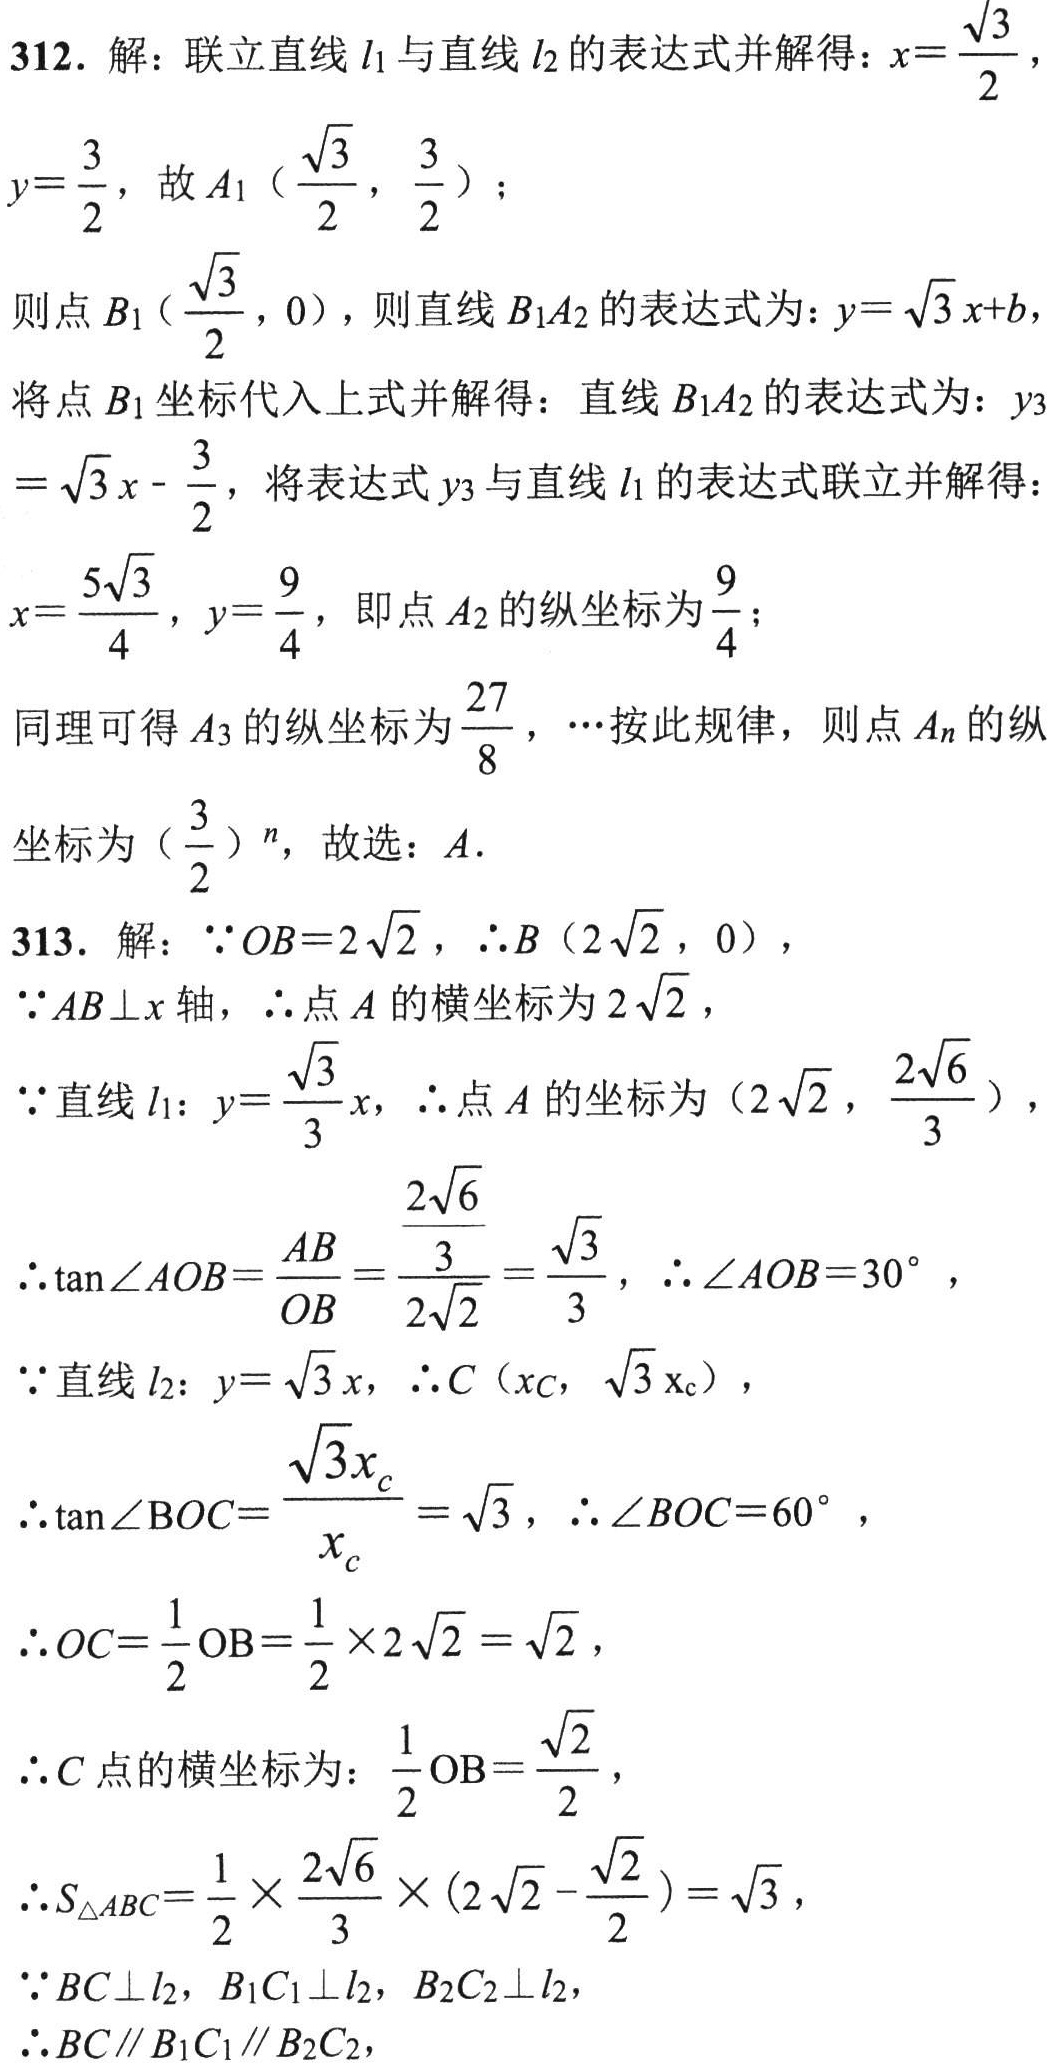
312. 解：联立直线\(l_1\)与直线\(l_2\)的表达式并解得：\(x = \frac{\sqrt{3}}{2}\)，

\(y=\frac{3}{2}\)，故\(A_1(\frac{\sqrt{3}}{2},\frac{3}{2})\)；

则点\(B_1(\frac{\sqrt{3}}{2},0)\)，则直线\(B_1A_2\)的表达式为：\(y = \sqrt{3}x + b\)，

将点\(B_1\)坐标代入上式并解得：直线\(B_1A_2\)的表达式为：\(y_3=\sqrt{3}x-\frac{3}{2}\)，将表达式\(y_3\)与直线\(l_1\)的表达式联立并解得：

\(x = \frac{5\sqrt{3}}{4}\)，\(y=\frac{9}{4}\)，即点\(A_2\)的纵坐标为\(\frac{9}{4}\)；

同理可得\(A_3\)的纵坐标为\(\frac{27}{8}\)，\(\cdots\)按此规律，则点\(A_n\)的纵

坐标为\((\frac{3}{2})^n\)，故选：\(A\).

313. 解：\(\because OB = 2\sqrt{2}\)，\(\therefore B(2\sqrt{2},0)\)，

\(\because AB\perp x\)轴，\(\therefore\)点\(A\)的横坐标为\(2\sqrt{2}\)，

\(\because\)直线\(l_1:y = \frac{\sqrt{3}}{3}x\)，\(\therefore\)点\(A\)的坐标为\((2\sqrt{2},\frac{2\sqrt{6}}{3})\)，

\(\therefore\tan\angle AOB=\frac{AB}{OB}=\frac{\frac{2\sqrt{6}}{3}}{2\sqrt{2}}=\frac{\sqrt{3}}{3}\)，\(\therefore\angle AOB = 30^{\circ}\)，

\(\because\)直线\(l_2:y = \sqrt{3}x\)，\(\therefore C(x_C,\sqrt{3}x_C)\)，

\(\therefore\tan\angle BOC=\frac{\sqrt{3}x_c}{x_c}=\sqrt{3}\)，\(\therefore\angle BOC = 60^{\circ}\)，

\(\therefore OC=\frac{1}{2}OB=\frac{1}{2}\times2\sqrt{2}=\sqrt{2}\)，

\(\therefore C\)点的横坐标为：\(\frac{1}{2}OB=\frac{\sqrt{2}}{2}\)，

\(\therefore S_{\triangle ABC}=\frac{1}{2}\times\frac{2\sqrt{6}}{3}\times(2\sqrt{2}-\frac{\sqrt{2}}{2})=\sqrt{3}\)，

\(\because BC\perp l_2\)，\(B_1C_1\perp l_2\)，\(B_2C_2\perp l_2\)，

\(\therefore BC\parallel B_1C_1\parallel B_2C_2\)，